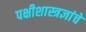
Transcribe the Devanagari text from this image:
पक्षीशास्त्रज्ञांचे